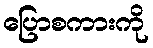
ပြောစကားကို